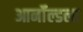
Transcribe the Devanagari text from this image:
आर्नॉल्डला